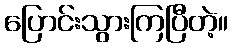
ပြောင်းသွားကြပြီတဲ့။